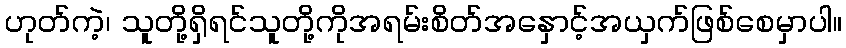
ဟုတ်ကဲ့၊ သူတို့ရှိရင်သူတို့ကိုအရမ်းစိတ်အနှောင့်အယှက်ဖြစ်စေမှာပါ။